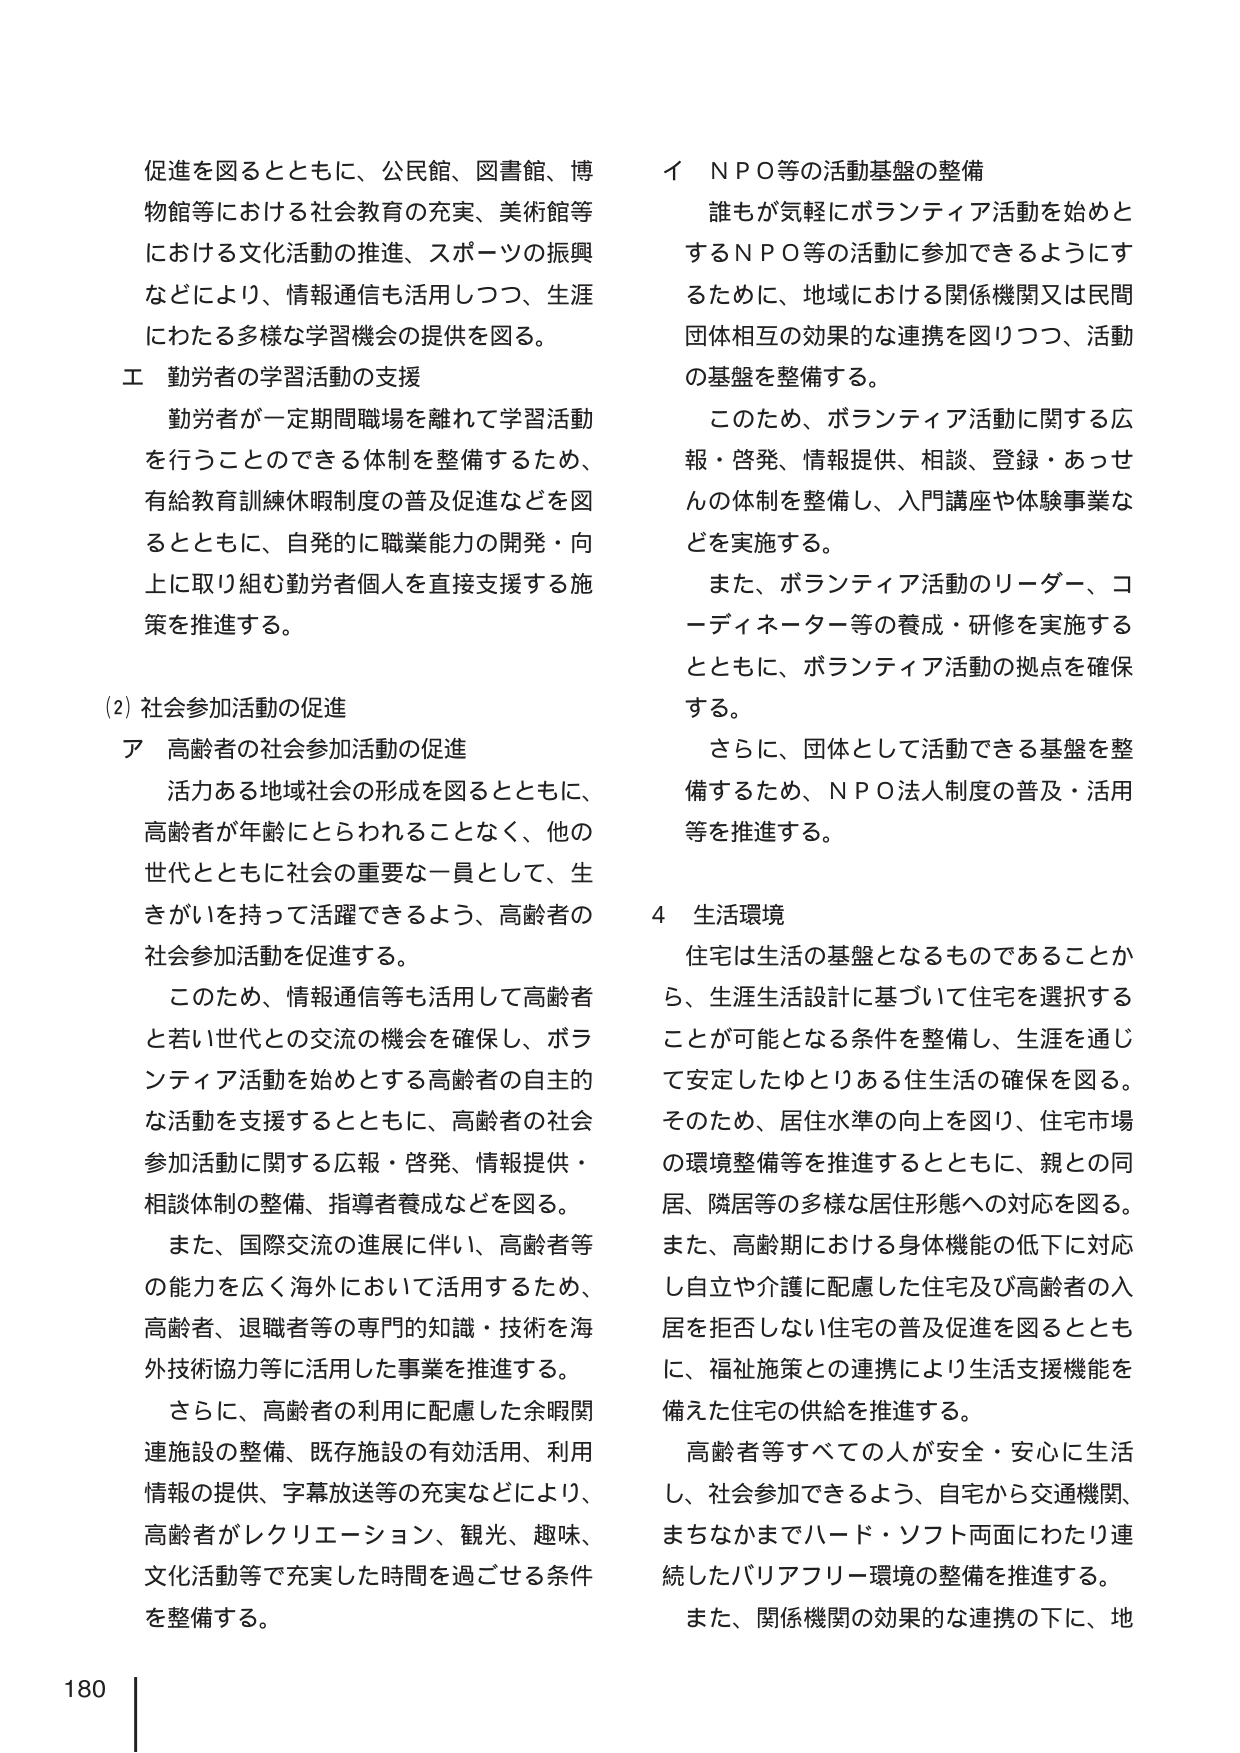
促進を図るとともに、公民館、図書館、博物館等における社会教育の充実、美術館等における文化活動の推進、スポーツの振興などにより、情報通信も活用しつつ、生涯にわたる多様な学習機会の提供を図る。

エ 勤労者の学習活動の支援
勤労者が一定期間職場を離れて学習活動を行うことのできる体制を整備するため、有給教育訓練休暇制度の普及促進などを図るとともに、自発的に職業能力の開発・向上に取り組む勤労者個人を直接支援する施策を推進する。

(2) 社会参加活動の促進
ア 高齢者の社会参加活動の促進
活力ある地域社会の形成を図るとともに、高齢者が年齢にとらわれることなく、他の世代とともに社会の重要な一員として、生きがいを持って活躍できるよう、高齢者の社会参加活動を促進する。
このため、情報通信等も活用して高齢者と若い世代との交流の機会を確保し、ボランティア活動を始めとする高齢者の自主的な活動を支援するとともに、高齢者の社会参加活動に関する広報・啓発、情報提供・相談体制の整備、指導者養成などを図る。
また、国際交流の進展に伴い、高齢者等の能力を広く海外において活用するため、高齢者、退職者等の専門的知識・技術を海外技術協力等に活用した事業を推進する。
さらに、高齢者の利用に配慮した余暇関連施設の整備、既存施設の有効活用、利用情報の提供、字幕放送等の充実などにより、高齢者がレクリエーション、観光、趣味、文化活動等で充実した時間を過ごせる条件を整備する。

イ ＮＰＯ等の活動基盤の整備
誰もが気軽にボランティア活動を始めとするＮＰＯ等の活動に参加できるようにするため、地域における関係機関又は民間団体相互の効果的な連携を図りつつ、活動の基盤を整備する。
このため、ボランティア活動に関する広報・啓発、情報提供、相談、登録・あっせんの体制を整備し、入門講座や体験事業などを実施する。
また、ボランティア活動のリーダー、コーディネーター等の養成・研修を実施するとともに、ボランティア活動の拠点を確保する。
さらに、団体として活動できる基盤を整備するため、ＮＰＯ法人制度の普及・活用等を推進する。

4 生活環境
住宅は生活の基盤となるものであることから、生涯生活設計に基づいて住宅を選択することが可能となる条件を整備し、生涯を通じて安定したゆとりある住生活の確保を図る。そのため、居住水準の向上を図り、住宅市場の環境整備等を推進するとともに、親との同居、隣居等の多様な居住形態への対応を図る。また、高齢期における身体機能の低下に対応し自立や介護に配慮した住宅及び高齢者の入居を拒否しない住宅の普及促進を図るとともに、福祉施策との連携により生活支援機能を備えた住宅の供給を推進する。
高齢者等すべての人が安全・安心に生活し、社会参加できるよう、自宅から交通機関、まちなかまでハード・ソフト両面にわたり連続したバリアフリー環境の整備を推進する。
また、関係機関の効果的な連携の下に、地

180